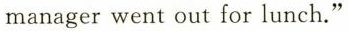
manager went out for lunch."